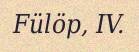
Fülöp, IV.